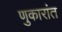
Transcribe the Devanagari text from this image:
णुकारांत